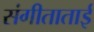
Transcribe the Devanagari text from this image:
संगीताताई